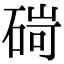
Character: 碋